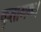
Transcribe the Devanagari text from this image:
कृतागमः।